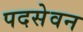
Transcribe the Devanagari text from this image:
पदसेवन